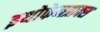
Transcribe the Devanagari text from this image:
इथोफेनप्राक्‍स